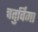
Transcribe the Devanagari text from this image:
चतुर्विमा